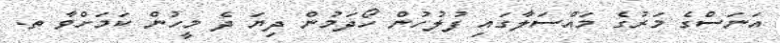
އަނަސްގެ މަރުގެ މައްސަލާގައި ފުލުހުން ހޯދަމުން ދިޔަ ދެ މީހުން ކަަމަށްވާ ތ.